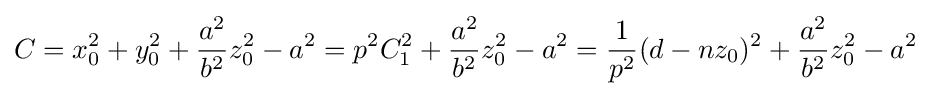
C=x_{0}^{2}+y_{0}^{2}+{\frac {a^{2}}{b^{2}}}z_{0}^{2}-a^{2}=p^{2}C_{1}^{2}+{\frac {a^{2}}{b^{2}}}z_{0}^{2}-a^{2}={\frac {1}{p^{2}}}(d-nz_{0})^{2}+{\frac {a^{2}}{b^{2}}}z_{0}^{2}-a^{2}